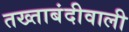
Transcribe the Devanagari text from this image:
तख्ताबंदीवाली